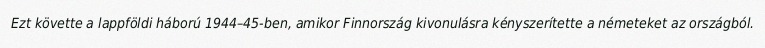
Ezt követte a lappföldi háború 1944–45-ben, amikor Finnország kivonulásra kényszerítette a németeket az országból.